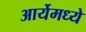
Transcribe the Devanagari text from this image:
आर्येमध्ये